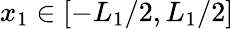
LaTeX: x_{1}\in\left[-L_{1}/2,L_{1}/2\right]